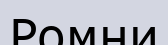
Ромни